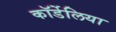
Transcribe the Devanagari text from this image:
कॉर्डेलिया